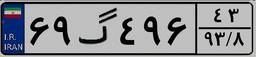
۶۹گ۴۹۶۴۳